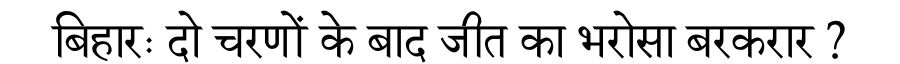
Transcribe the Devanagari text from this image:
बिहारः दो चरणों के बाद जीत का भरोसा बरकरार ?